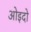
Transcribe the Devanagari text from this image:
ओइदो